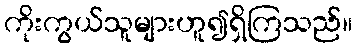
ကိုးကွယ်သူများဟူ၍ရှိကြသည်။